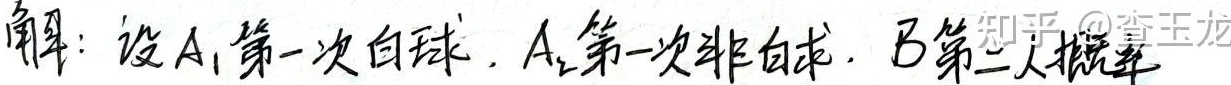
解：设\(A_1\)表示第一次取到白球，\(A_2\)表示第一次取到非白球，\(B\)表示第二人摸球。